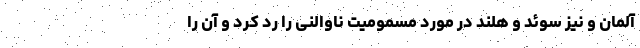
آلمان و نیز سوئد و هلند در مورد مسمومیت ناوالنی را رد کرد و آن را